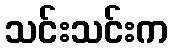
သင်းသင်းက